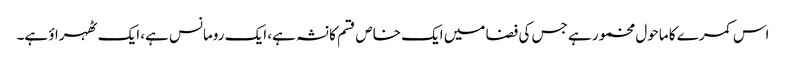
اس کمرے کا ماحول مخمور ہے جس کی فضا میں ایک خاص قسم کا نشہ ہے، ایک رومانس ہے، ایک ٹھہراؤ ہے۔